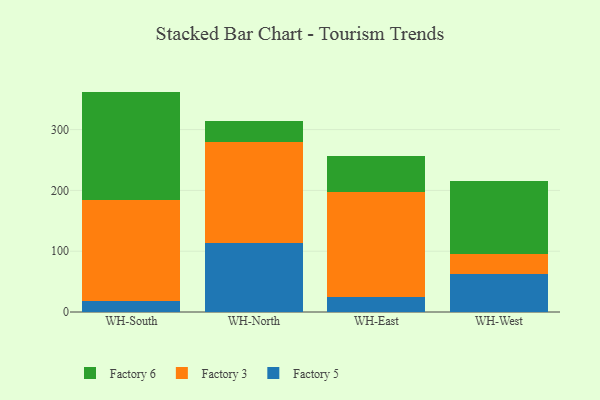
{"axis": {"x": "Warehouse", "y": "Budget (USD K)"}, "legend": ["Factory 3", "Factory 5", "Factory 6"], "data": [{"x": "WH-South", "y": 18.3, "type": "Factory 5"}, {"x": "WH-South", "y": 165.8, "type": "Factory 3"}, {"x": "WH-South", "y": 178.4, "type": "Factory 6"}, {"x": "WH-North", "y": 112.8, "type": "Factory 5"}, {"x": "WH-North", "y": 166.5, "type": "Factory 3"}, {"x": "WH-North", "y": 35.5, "type": "Factory 6"}, {"x": "WH-East", "y": 25.4, "type": "Factory 5"}, {"x": "WH-East", "y": 171.7, "type": "Factory 3"}, {"x": "WH-East", "y": 60.1, "type": "Factory 6"}, {"x": "WH-West", "y": 63.3, "type": "Factory 5"}, {"x": "WH-West", "y": 31.4, "type": "Factory 3"}, {"x": "WH-West", "y": 120.5, "type": "Factory 6"}]}